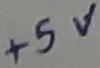
Text: +5V